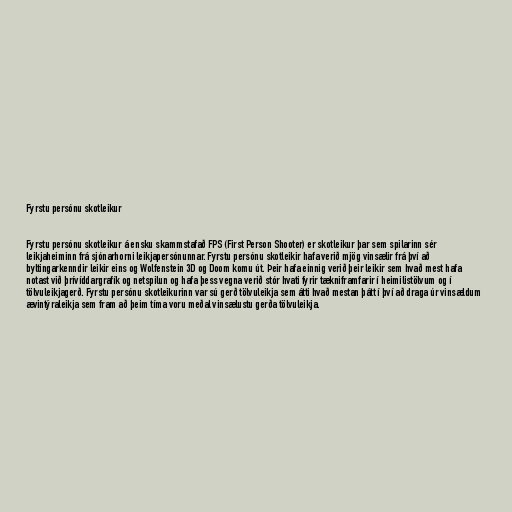
Fyrstu persónu skotleikur

Fyrstu persónu skotleikur á ensku skammstafað FPS (First Person Shooter) er skotleikur þar sem spilarinn sér
leikjaheiminn frá sjónarhorni leikjapersónunnar. Fyrstu persónu skotleikir hafa verið mjög vinsælir frá því að
byltingarkenndir leikir eins og Wolfenstein 3D og Doom komu út. Þeir hafa einnig verið þeir leikir sem hvað mest hafa
notast við þrívíddargrafík og netspilun og hafa þess vegna verið stór hvati fyrir tækniframfarir í heimilistölvum og í
tölvuleikjagerð. Fyrstu persónu skotleikurinn var sú gerð tölvuleikja sem átti hvað mestan þátt í því að draga úr vinsældum
ævintýraleikja sem fram að þeim tíma voru meðal vinsælustu gerða tölvuleikja.